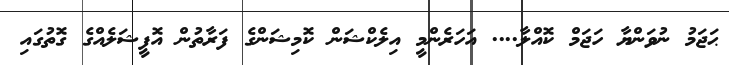
ޙަޖަމު ނުވަންޔާ ހަޖަމް ކޮއްލާ.... އަހަރެންމީ އިލެކްޝަން ކޮމިޝަންގެ ފަރާތުން އޮފީޝަލެއްގެ ގޮތުގައި